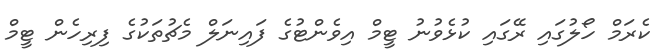
ކެރަމް ހޯލުގައި ރޭގައި ކުޅެވުނު ޓީމް އިވެންޓުގެ ފައިނަލް މެޗުތަކުގެ ފިރިހެން ޓީމް